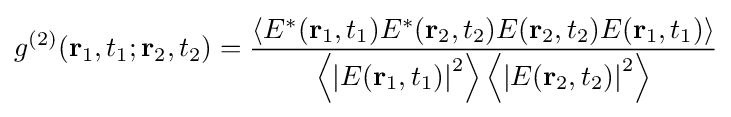
g^{(2)}(\mathbf {r} _{1},t_{1};\mathbf {r} _{2},t_{2})={\frac {\left\langle E^{*}(\mathbf {r} _{1},t_{1})E^{*}(\mathbf {r} _{2},t_{2})E(\mathbf {r} _{2},t_{2})E(\mathbf {r} _{1},t_{1})\right\rangle }{\left\langle \left|E(\mathbf {r} _{1},t_{1})\right|^{2}\right\rangle \left\langle \left|E(\mathbf {r} _{2},t_{2})\right|^{2}\right\rangle }}